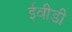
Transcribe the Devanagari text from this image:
ईवीडी